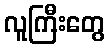
လူကြီးတွေ